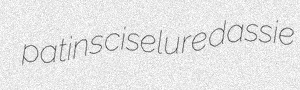
patins ciselure dassie